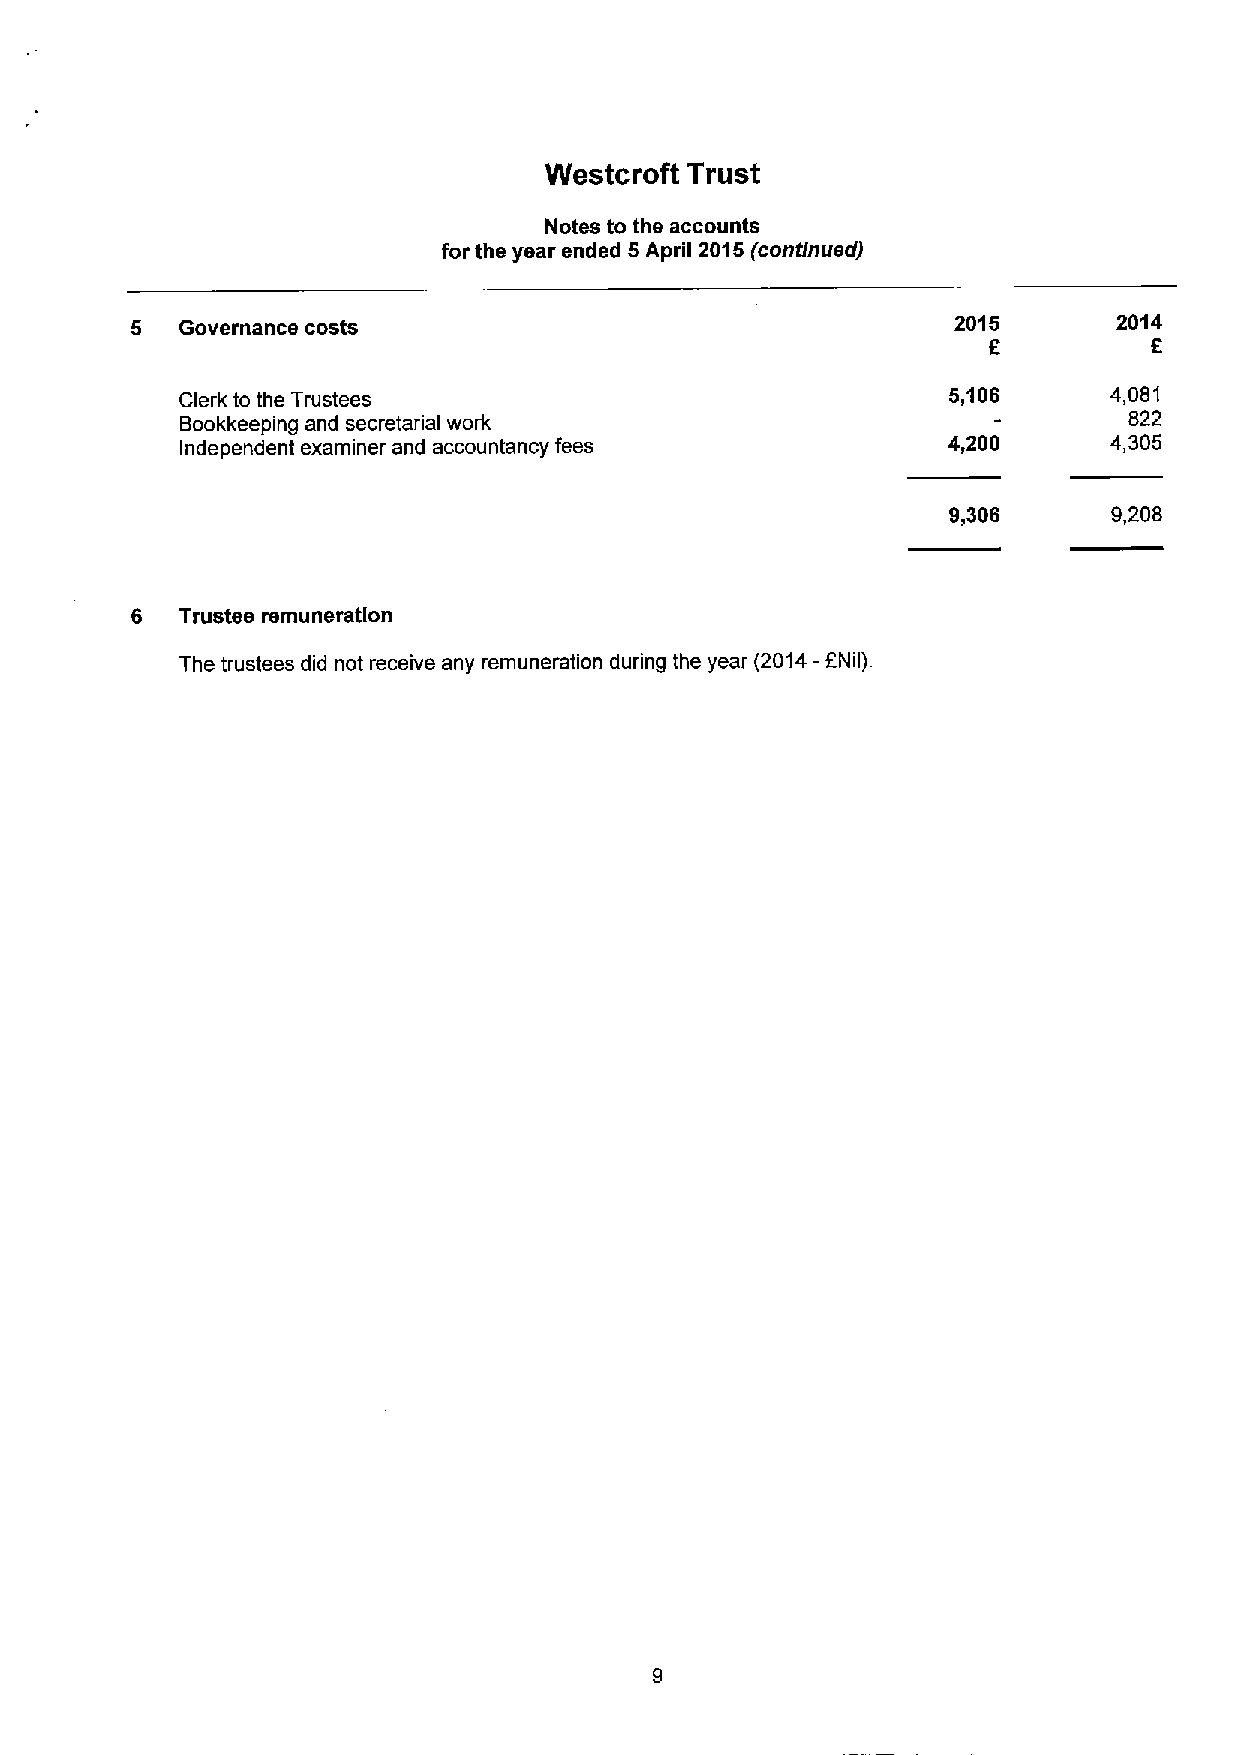
Westcroft Trust
 Notes to the accounts
 for the year ended 5April 2015(continued)
 5  Governance costs                                   2015       2014
 Clerk to the Trustees                              5,106     4,081
 Bookkeeping and secretarial work                               822
 Independent examiner and accountancy fees          4,200     4,305
 9,306      9,208
 6  Trustee remuneration
 The trustees did not receive any remuneration during the year (2014-8Nil).